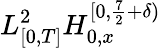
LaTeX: L_{[0,T]}^{2}H_{0,x}^{[0,\frac{7}{2}+\delta)}